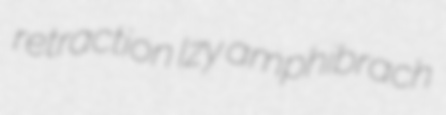
retraction Izy amphibrach